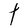
Character: t